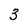
Character: 3